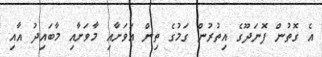
އެ ގޮތުން ފޮނަދޫގެ އިތުރުން ގަމުގެ ތިން އަވަށާއި މާވަށާއި މާބައިދު އާއި